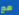
مع